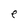
Character: e